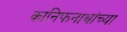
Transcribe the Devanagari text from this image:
कानिफनाथांच्या